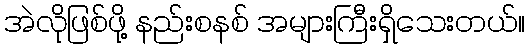
အဲလိုဖြစ်ဖို့ နည်းစနစ် အများကြီးရှိသေးတယ်။